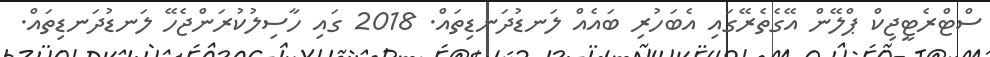
ސްޓްރެޓީޖިކް ޕްލޭން އޭގެތެރޭގައި އެބަހުރި ބައެއް ލަނޑުދަނޑިތައް. 2018 ގައި ހާސިލުކުރަންޖެހޭ ލަނޑުދަނޑިތައް.